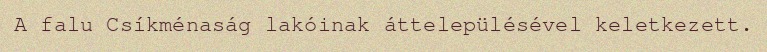
A falu Csíkménaság lakóinak áttelepülésével keletkezett.